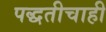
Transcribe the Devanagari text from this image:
पद्धतीचाही